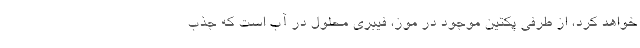
خواهد کرد، از طرفی پکتین موجود در موز، فیبری محلول در آب است که جذب